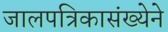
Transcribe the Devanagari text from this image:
जालपत्रिकासंख्येने